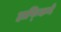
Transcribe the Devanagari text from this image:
हाफ्किने